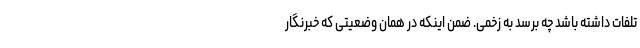
تلفات داشته باشد چه برسد به زخمی. ضمن اینکه در همان وضعیتی که خبرنگار